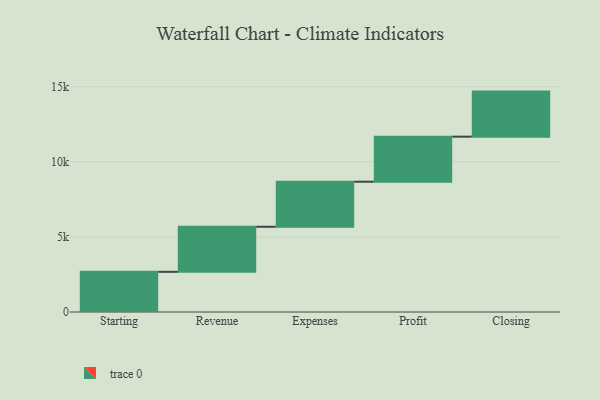
{"axis": {"x": "Step", "y": "Value"}, "legend": [""], "data": [{"x": "Starting", "y": 2675.0, "type": ""}, {"x": "Revenue", "y": 3000, "type": ""}, {"x": "Expenses", "y": 3000, "type": ""}, {"x": "Profit", "y": 3000, "type": ""}, {"x": "Closing", "y": 3000, "type": ""}]}